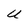
Character: U